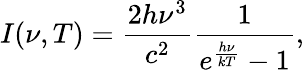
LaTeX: I(\nu,T)={\frac{2h\nu^{3}}{c^{2}}}{\frac{1}{e^{\frac{h\nu}{kT}}-1}},